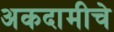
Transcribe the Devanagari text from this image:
अकदामीचे